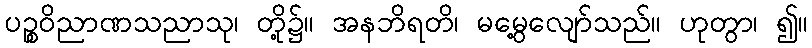
ပဉ္စဝိညာဏသညာသု၊ တို့၌။ အနဘိရတိ၊ မမွေ့လျော်သည်။ ဟုတွာ၊ ၍။